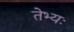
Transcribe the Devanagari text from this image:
तेभ्यः